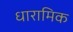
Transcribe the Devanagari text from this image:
धारामिक